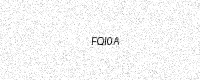
Text: FQI0A